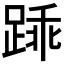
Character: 𫏓